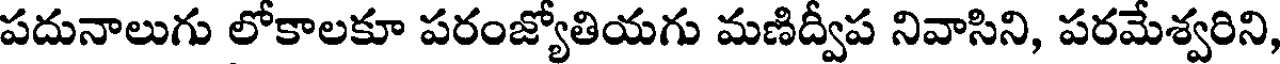
పదునాలుగు లోకాలకూ పరంజ్యోతియగు మణిద్వీప నివాసిని, పరమేశ్వరిని,